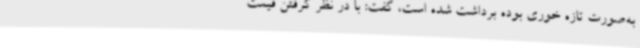
به‌صورت تازه خوری بوده برداشت شده است، گفت: با در نظر گرفتن قیمت